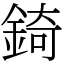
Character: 錡